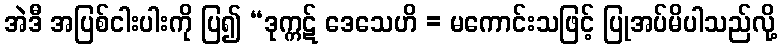
အဲဒီ အပြစ်ငါးပါးကို ပြ၍ “ဒုက္ကဋ် ဒေသေဟိ = မကောင်းသဖြင့် ပြုအပ်မိပါသည်လို့